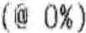
(@ 6%)